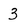
Character: 3